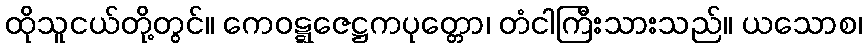
ထိုသူငယ်တို့တွင်။ ကေဝဋ္ဋဇေဋ္ဌကပုတ္တော၊ တံငါကြီးသားသည်။ ယသောစ၊